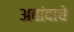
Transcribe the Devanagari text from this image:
अबांदाचे